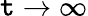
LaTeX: \mathtt{t}\rightarrow\infty